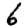
Digit: 6